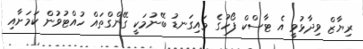
ރިޔާޒް ވިދާޅުވީ އެ ޓާސްކް ފޯހުގެ މައިގަނޑު ބޭނުމަކީ ގޭންގްތައް ހުއްޓުވުން ކަމަށާއި